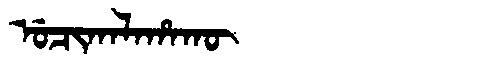
Manchu: ᡠᠴᡳᡴᠠᠯᠠᡥᠠᡴᡡ
Romanization: UCIKALAHAKŪ